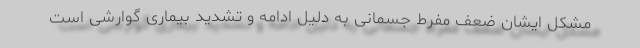
مشکل ایشان ضعف مفرط جسمانی به دلیل ادامه و تشدید بیماری گوارشی است